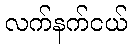
လက်နက်ငယ်